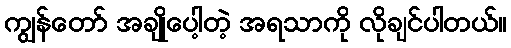
ကျွန်တော် အချိုပေါ့တဲ့ အရသာကို လိုချင်ပါတယ်။